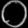
Digit: ၀